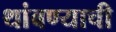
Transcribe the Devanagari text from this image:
थांबण्याची